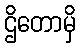
ဌိတောမှိ